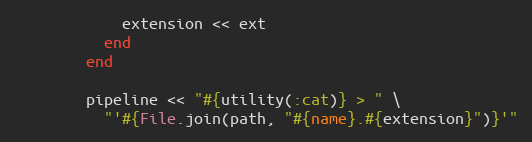
Language: Ruby
            extension << ext
          end
        end

        pipeline << "#{utility(:cat)} > " \
          "'#{File.join(path, "#{name}.#{extension}")}'"